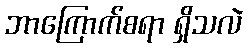
ဘာကြောက်စရာ ရှိသလဲ